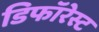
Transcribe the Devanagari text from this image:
डिफॉरेस्ट